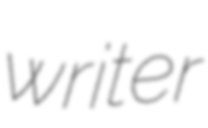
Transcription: writer